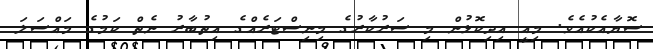
ސޮޔާއެކުއެވެ. މިއީ އިދިކޮޅުން މި ސަރުކާރުގެ މިނިސްޓަރެއްގެ އިތުބާރު ނެތް ކަމުގެ މައްސަލަ